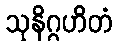
သုနိဂ္ဂဟိတံ